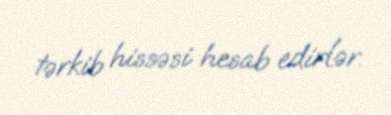
tərkib hissəsi hesab edirlər.